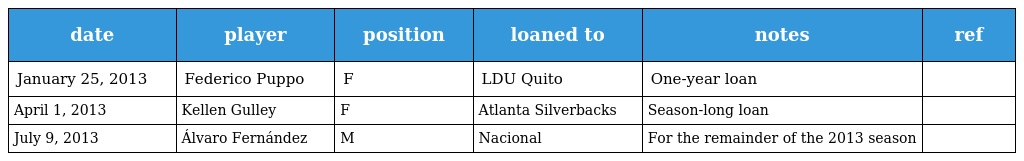
| date | player | position | loaned to | notes | ref |
 | --- | --- | --- | --- | --- | --- |
 | January 25, 2013 | Federico Puppo | F | LDU Quito | One-year loan |  |
 | April 1, 2013 | Kellen Gulley | F | Atlanta Silverbacks | Season-long loan |  |
 | July 9, 2013 | Álvaro Fernández | M | Nacional | For the remainder of the 2013 season |  |